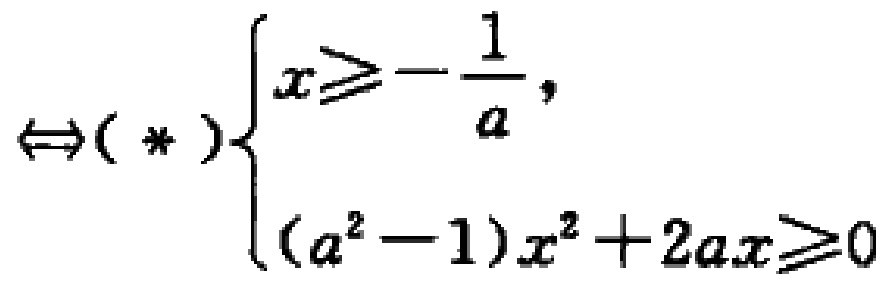
$\Leftrightarrow (*)\begin{cases}x\geqslant -\dfrac{1}{a},\\(a^{2}-1)x^{2}+2ax\geqslant 0\end{cases}$